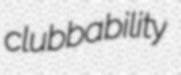
clubbability